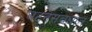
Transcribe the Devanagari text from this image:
घटनेसंबंधात